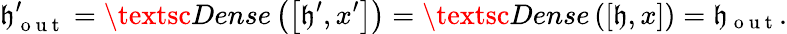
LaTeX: \mathfrak{h}_{\mathrm{{~o~u~t~}}}^{\prime}=\textsc{{Dense}}\left(\left[\mathfrak{h}^{\prime},x^{\prime}\right]\right)=\textsc{{Dense}}\left(\left[\mathfrak{h},x\right]\right)=\mathfrak{h}_{\mathrm{{~o~u~t~}}}.